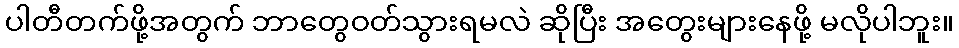
ပါတီတက်ဖို့အတွက် ဘာတွေဝတ်သွားရမလဲ ဆိုပြီး အတွေးများနေဖို့ မလိုပါဘူး။